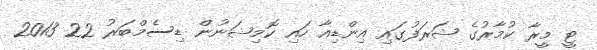
ޓީ މީރާ ކުމާރުގެ ޝަރަފުގައި އިންޑިއާ ހައި ކޮމިޝަނުން ޑިސެމްބަރު 22 2013